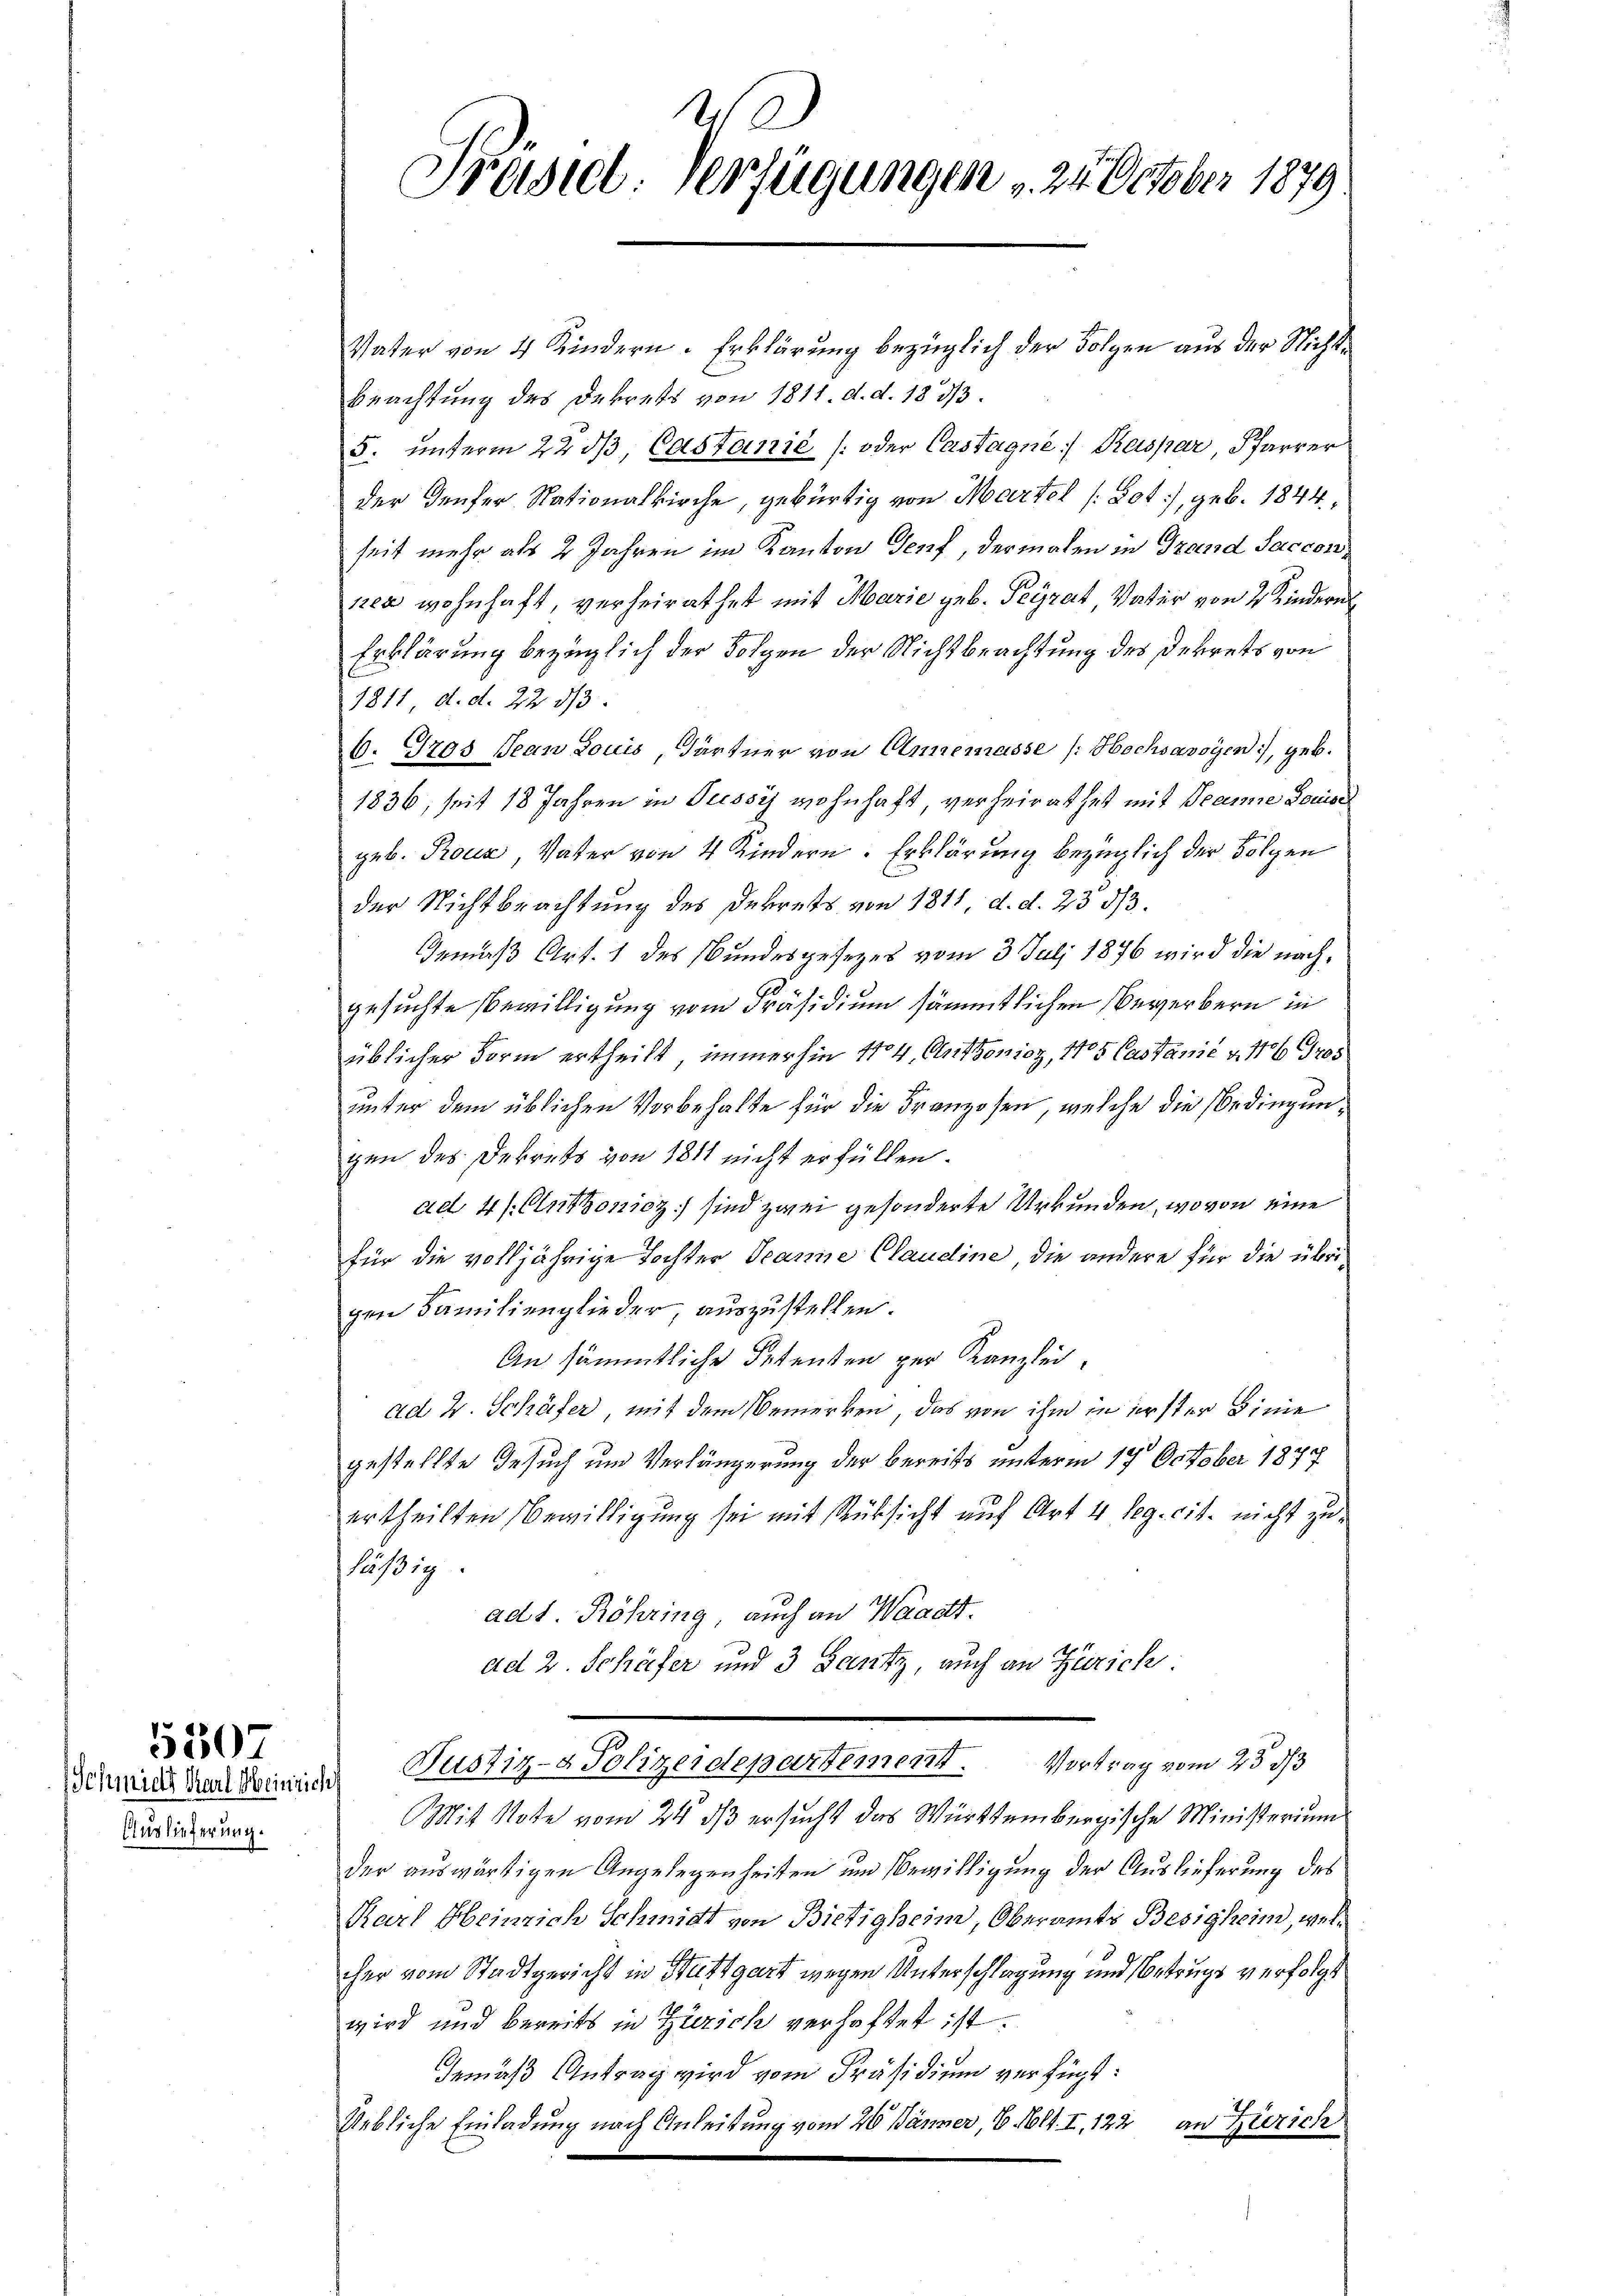
Auslieferung.

5307

20
Frasiel Verfügungen 24 October 1879.

Vater von 4 Kindern. Erklärung bezüglich der Folgen aus der Nicht¬
Beachtung des Dekrets von 1811. d. d. 183/3.
5. unterm 22. dβ, Castanić (oder Castagne Kaspar, Pfarrer
der Teufer Nationalkirche, gebürtig von Martel (Tot), geb. 1844
seit mehr als 2 Jahren im Kanton Genf, dermalen in Grand Sacconner wohnhaft, verheirathet mit Marie geb. Peyrat, Vater von 2 Kindere
Erklärung bezüglich der Folgen der Nichtbeachtung des Dekrets von
1811 d. d. 22 1/3.
6. Gros Jean Louis, Gärtner von Annemasse (: Hochsavoyen, geb.
1836, seit 18 Jahren in Passis wohnhaft, verheirathet mit Beamte Louise
geb. Rous, Vater von 4 Kindern. Erklärung bezüglich der Folgen
der Nichtbeachtung des Dekrets von 1811, d. d. 23 3/3.
Demäß Art. 1 des Bundesgesezes vom 3. Juli 1876 wird die nachgesuchte Bewilligung vom Präsidium sämmtlichen Bewerbern in
üblicher Form ertheilt, immerhin 1104. Anthonier, 105 Castanić v. 116 905
unter dem üblichen Vorbehalte für die Franzosen, welche die Bedingungen des Dekrets von 1811 nicht erfüllen.
ad 4/Anthonicz) sind zwei gesonderte Urkunden, wovon eine
für die volljährige Tochter Jeanne Claudine, die andere für die übrigen Familienglieder, auszustellen.
An sämmtliche Petenten zur Kanzlei,
ad 2. Schäfer, mit dem Bemerken, das von ihm in erster Linie
gestellte Gesuch und Verlängerung der bereits unterm 14. October 1877
ertheilten Bewilligung sei mit Rücksicht auf Art 4 Reg. cit. nicht zuläßig.
ad 1. Röhring, auch an Waadt.
ad 2. Schöfer und 3 gantz, auch an Zürich
Sehnen Vermier Justiz- & Polizeidepartement. Vortrag vom 23 33
Mit Note vom 24. ds ersucht das Württembergische Ministerium
der auswärtigen Angelegenheiten um Bewilligung der Auslieferung des
Karl Heinrich Schmidt von Bietigheim, Oberamts Besigheim, welcher vom Stadtgericht in Stuttgart wegen Unterschlagung und Betrugs verfolgt
wird und bereits in Zürich verhaftet ist.
Gemäß Antrag wird vom Präsidium verfügt:
Uebliche Einladung nach Anleitung vom 20 Bänner, 6. Mlt. I. 122 an Zürich